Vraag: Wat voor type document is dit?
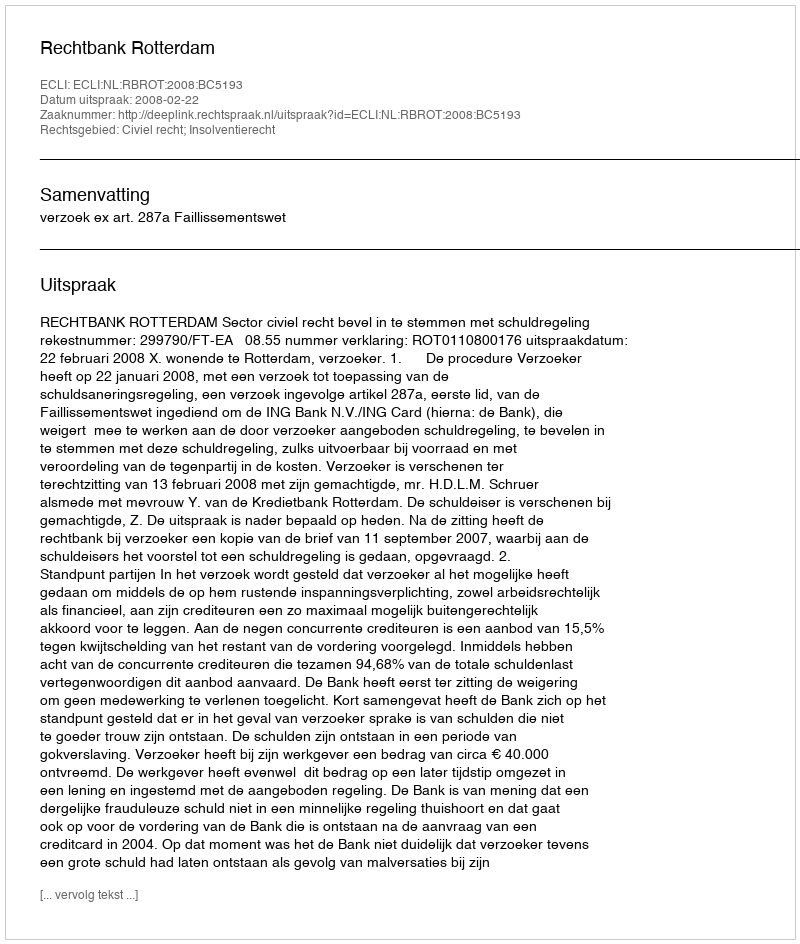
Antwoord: Uitspraak